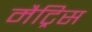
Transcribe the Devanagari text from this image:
मैट्रिस